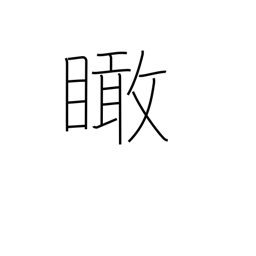
Meaning: look